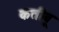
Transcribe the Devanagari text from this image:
कतीबू